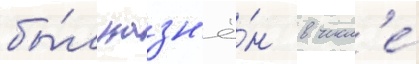
бы́л казн'ё́н в числ'е́